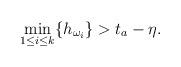
LaTeX: \begin{align*}\min_{1\leq i\leq k}\{h_{\omega_i}\}>t_a-\eta. \end{align*}